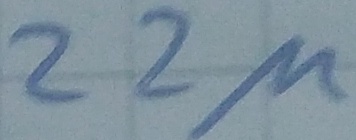
Text: 22µ